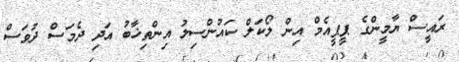
ރައީސް ޔާމީންގެ ޕީޕީއެމް އިން ލޯކަލް ކައުންސިލު އިންތިޚާބު އަދި ދެމަސް ދުވަސް